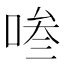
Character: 𭈧